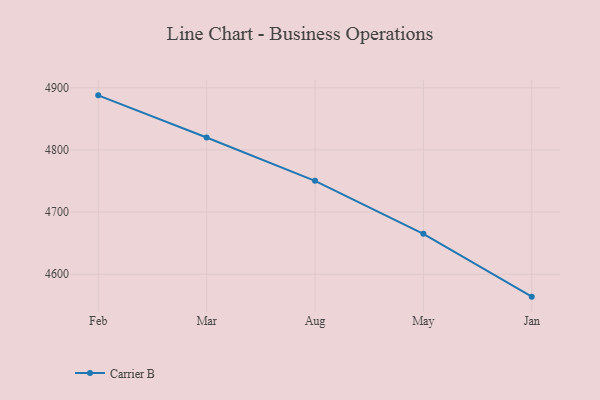
{"axis": {"x": "Month", "y": "Website Visitors"}, "legend": ["Carrier B"], "data": [{"x": "Feb", "y": 4887.8, "type": "Carrier B"}, {"x": "Mar", "y": 4820.0, "type": "Carrier B"}, {"x": "Aug", "y": 4750.2, "type": "Carrier B"}, {"x": "May", "y": 4665.0, "type": "Carrier B"}, {"x": "Jan", "y": 4563.9, "type": "Carrier B"}]}